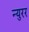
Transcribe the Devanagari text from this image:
न्युरर